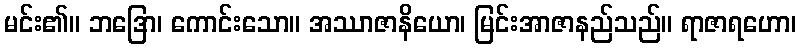
မင်း၏။ ဘဒြော၊ ကောင်းသော။ အဿာဇာနိယော၊ မြင်းအာဇာနည်သည်။ ရာဇာရဟော၊